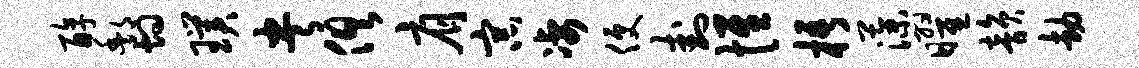
醇酆灼璞央俱肩宗凄便卦惟梧藻曜韵劫